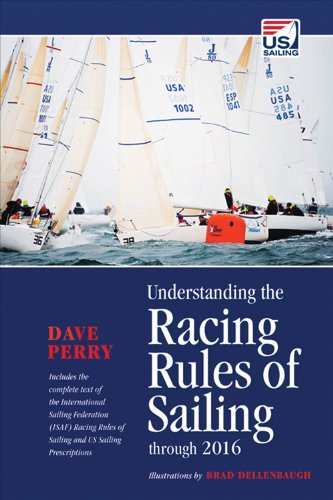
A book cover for Understanding the Racing Rules of Sailing through 2016; Dave Perry; Sports & Outdoors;